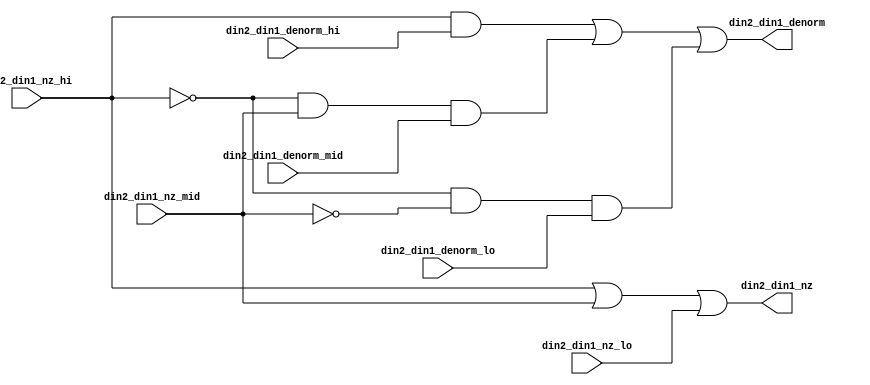
module fpu_denorm_3to1 (
	din2_din1_nz_hi,
	din2_din1_denorm_hi,
	din2_din1_nz_mid,
	din2_din1_denorm_mid,
	din2_din1_nz_lo,
	din2_din1_denorm_lo,

	din2_din1_nz,
	din2_din1_denorm
);


input		din2_din1_nz_hi;	// input 1 and input 2 != 0- high 3 bits
input		din2_din1_denorm_hi;	// input 1 == denorm- high 3 bits
input		din2_din1_nz_mid;	// input 1 and input 2 != 0- mid 3 bits
input		din2_din1_denorm_mid;	// input 1 == denorm- mid 3 bits
input		din2_din1_nz_lo;	// input 1 and input 2 != 0- low 3 bits
input		din2_din1_denorm_lo;	// input 1 == denorm- low 3 bits

output		din2_din1_nz;		// input 1 and input 2 != 0
output		din2_din1_denorm;	// input 1 == denorm


wire		din2_din1_nz;
wire		din2_din1_denorm;


assign din2_din1_nz= din2_din1_nz_hi || din2_din1_nz_mid
		|| din2_din1_nz_lo;

assign din2_din1_denorm= (din2_din1_nz_hi && din2_din1_denorm_hi)
		|| ((!din2_din1_nz_hi) && din2_din1_nz_mid
			&& din2_din1_denorm_mid)
		|| ((!din2_din1_nz_hi) && (!din2_din1_nz_mid)
			&& din2_din1_denorm_lo);


endmodule